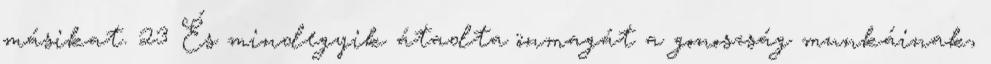
másikat. 23 És mindegyik átadta önmagát a gonoszság munkáinak,